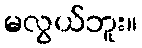
မလွယ်ဘူး။